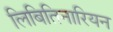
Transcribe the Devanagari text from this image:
लिबितिनारियन